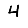
Digit: 4